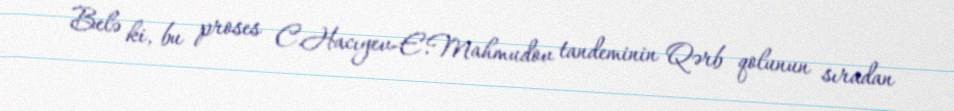
Belə ki, bu proses C.Hacıyev-E.Mahmudov tandeminin Qərb qolunun sıradan